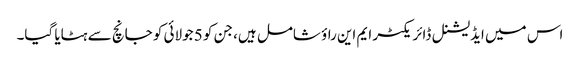
اس میں ایڈیشنل ڈائریکٹر ایم این راؤ شامل ہیں، جن کو 5 جولائی کو جانچ سے ہٹایا گیا۔